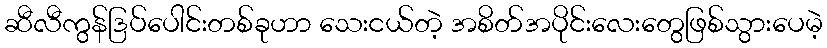
ဆီလီကွန်ဒြပ်ပေါင်းတစ်ခုဟာ သေးငယ်တဲ့ အစိတ်အပိုင်းလေးတွေဖြစ်သွားပေမဲ့